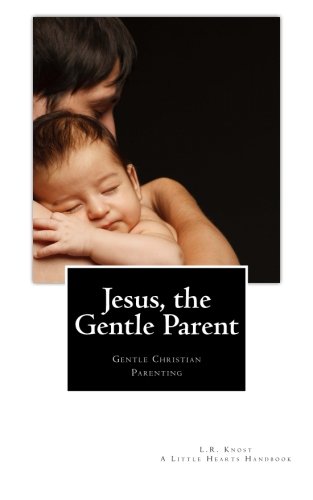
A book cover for Jesus, the Gentle Parent: Gentle Christian Parenting (Little Hearts Handbooks); L.R. Knost; Parenting & Relationships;